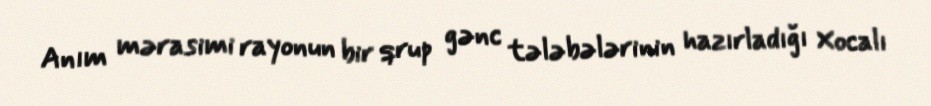
Anım mərasimi rayonun bir qrup gənc tələbələrinin hazırladığı Xocalı